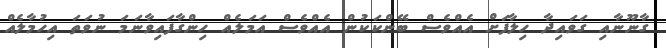
ގާނޫނާއި ގަވައިދާ ހިލާފަށް އެއްވެސް ބޭންކަކުން އެއްވެސް އަމަލެއް ހިންގާފައިވާނަމަ ނުވަތަ އިހުމާލެއް